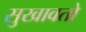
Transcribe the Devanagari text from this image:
सुखावतो